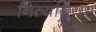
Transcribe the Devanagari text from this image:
नित्यनियम